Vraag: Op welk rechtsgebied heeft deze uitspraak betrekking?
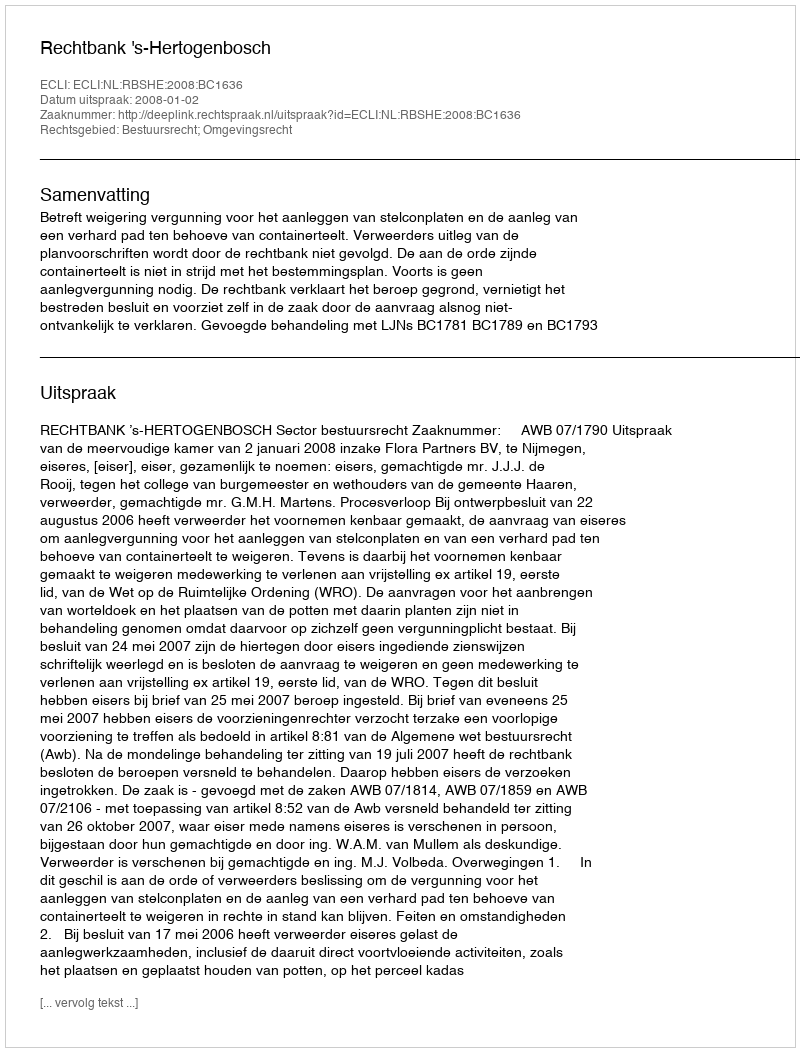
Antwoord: Bestuursrecht; Omgevingsrecht